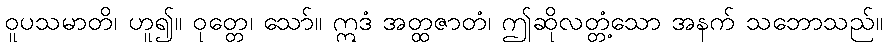
ဝူပသမာတိ၊ ဟူ၍။ ဝုတ္တေ၊ သော်။ ဣဒံ အတ္ထဇာတံ၊ ဤဆိုလတ္တံ့သော အနက် သဘောသည်။